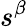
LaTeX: s^{\beta}